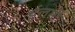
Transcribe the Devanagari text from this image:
ईलमी